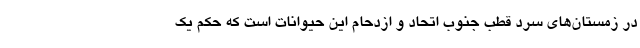
در زمستان‌های سرد قطب جنوب اتحاد و ازدحام این حیوانات است که حکم یک